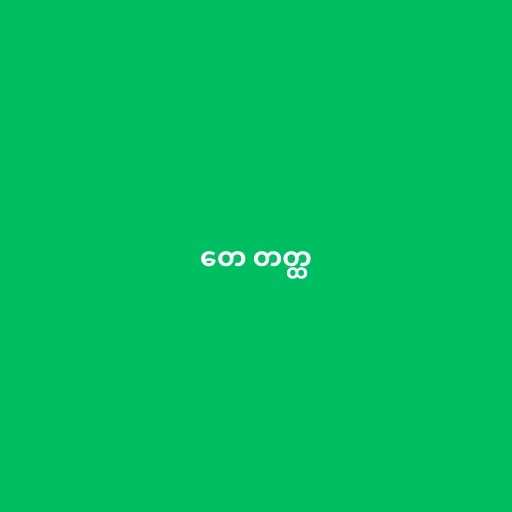
တေ တတ္ထ